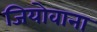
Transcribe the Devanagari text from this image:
जियोवाना